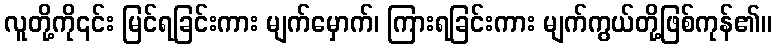
လူတို့ကို၎င်း မြင်ရခြင်းကား မျက်မှောက်၊ ကြားရခြင်းကား မျက်ကွယ်တို့ဖြစ်ကုန်၏။